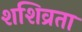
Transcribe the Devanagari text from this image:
शशिव्रता